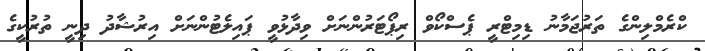
ކްރެމްލިންގެ ތަރުޖަމާނު ޑިމިޓްރީ ޕެސްކޯވް ރިޕޯޓަރުންނަށް ވިދާޅުވީ ޕައިލެޓުންނަށް އިރުޝާދު ދިނީ ތުރުކީގެ